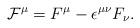
LaTeX: \begin{align*}{\cal F}^{\mu}=F^{\mu}-{\epsilon}^{{\mu}{\nu}}F_{\nu}.\end{align*}